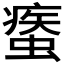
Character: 𧎿